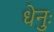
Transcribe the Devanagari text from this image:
धेनुः